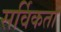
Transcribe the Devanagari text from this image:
सर्विकता